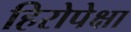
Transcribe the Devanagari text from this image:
हिरोपेक्षा